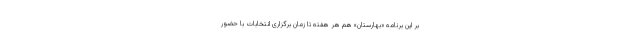
بر این برنامه «بهارستان» هم هر هفته تا زمان برگزاری انتخابات با حضور